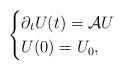
LaTeX: \begin{align*}\begin{cases}\partial_t U(t)=\mathcal{A}U\\U(0)=U_0,\end{cases}\end{align*}